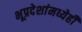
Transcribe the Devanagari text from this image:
भूप्रदेशांमध्येही